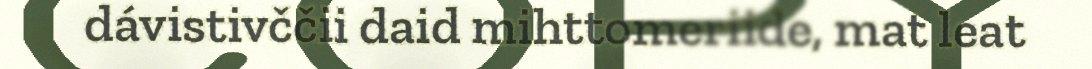
dávistivččii daid mihttomeriide, mat leat